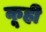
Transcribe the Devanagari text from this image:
कूही